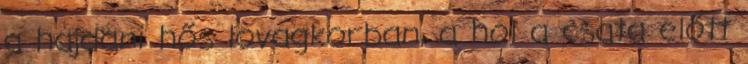
a hajdani hős lovagkorban, a hol a csata előtt